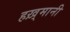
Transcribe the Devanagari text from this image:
हख़्मानी